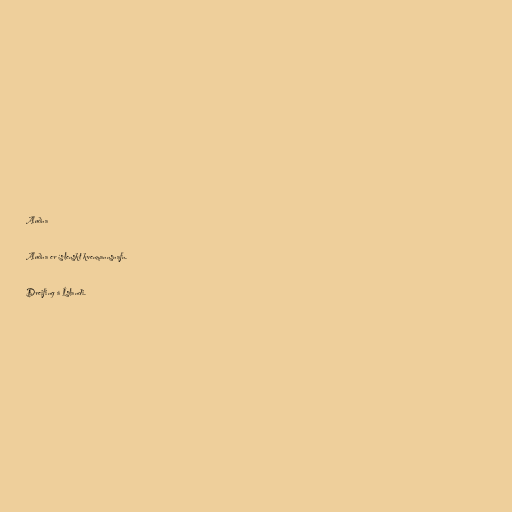
Auðna

Auðna er íslenskt kvenmannsnafn.

Dreifing á Íslandi.